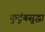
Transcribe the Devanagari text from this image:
कुटुंबसुद्धा